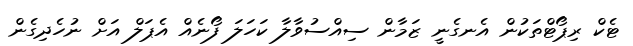
ޓެކް ރިޕޯޓްތަކުން އެނގެނީ ޒަމާން ސިއްސުވާލާ ކަހަލަ ފޯނެއް އެޕަލް އަށް ނުހެދިގެން